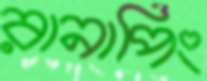
রানাপিং